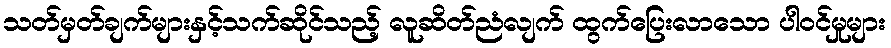
သတ်မှတ်ချက်များနှင့်သက်ဆိုင်သည့် လူဆိတ်ညံလျက် ထွက်ပြေးလာသော ပါဝင်မှုများ